Civil Veterinary Dept. Bombay admin report 1893-99 - 1893-1899
Year: 1893
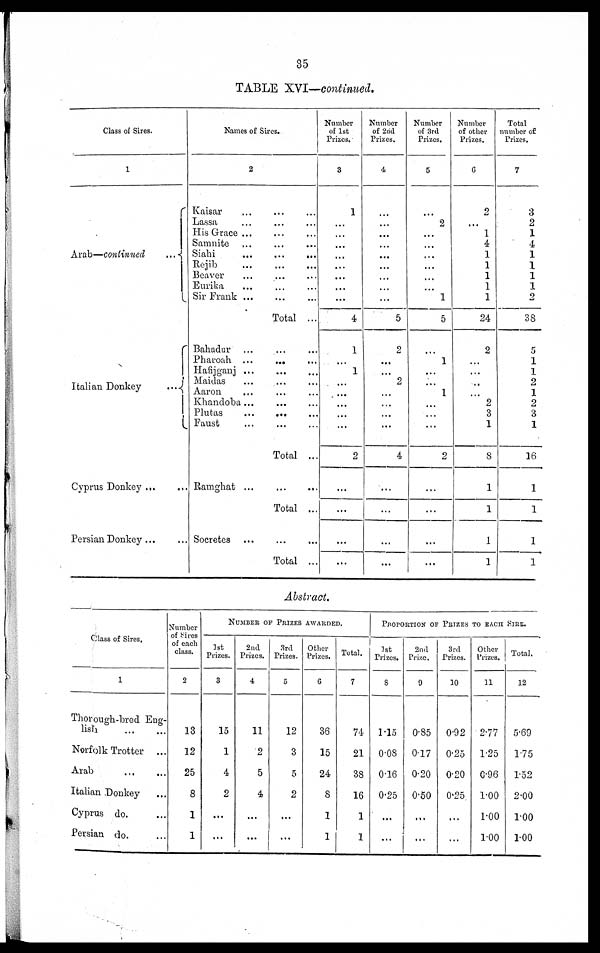
35
TABLE XVI—continued.
Class of Sires.
1
Arab—continued
...
Italian Donkey
...
Cyprus Donkey ... ...
Persian Donkey ... ...
Names of Sires.
2
Kaisar ... ... ...
Lassa ... ... ...
His Grace ...
...
...
Samnite
...
...
...
Siahi
...
...
...
Rejib
...
...
...
Beaver ... ...
Eurika
...
...
...
Sir Frank ...
...
...
Total ...
Bahadur ... ... ...
Pharoah ...
...
...
Hafijganj
...
...
...
Maidas ...
Aaron
......
...
Khandoba
......
...
Plutas
...
...
...
Faust
...
... ...
Total ...
Ramghat ...
...
...
Total ...
Socretes
...
...
Total ...
Number
of 1st
Prizes.
3
1
...
...
...
...
...
...
...
...
4
1
...
1
...
...
...
...
2
...
...
...
...
Number
of 2nd
Prizes.
4
...
...
...
...
...
...
...
...
...
5
2
...
...
2
...
...
...
4
...
...
...
...
Number
of 3rd
Prizes.
5
...
2
...
...
...
...
...
...
1
5
...
1
...
1
...
...
...
2
...
...
...
...
Number
of other
Prizes.
6
2
...
1
4
1
1
1
1
1
24
2
...
...
...
2
3
1
8
1
1
1
1
Total
number of
Prizes.
7
3
2
1
4
1
1
1
1
2
38
5
1
1
2
1
2
3
1
16
1
1
1
1
Abstract.
Class of Sires,
1
Thorough-bred Eng-
lish
...
...
Norfolk Trotter ...
Arab
...
...
Italian Donkey ...
Cyprus do. ...
Persian do. ...
Number
of Sires
of each
class.
2
13
12
25
8
1
1
NUMBER OF PRIZES AWARDED.
1st
Prizes.
3
15
1
4
2
...
...
2nd
Prizes.
4
11
2
5
4
...
...
3rd
Prizes.
5
12
3
5
2
...
...
Other
Prizes.
6
36
15
24
8
1
1
Total.
7
74
21
38
16
1
1
PROPORTION PRIZES TO EACH SIRE.
1st
Prizes.
8
1.15
0.08
0.16
0.25
...
...
2nd
Prize.
9
0.85
0.17
0.20
0.50
...
...
3rd
Prizes.
10
0.92
0.25
0.20
0.25
...
...
Other
Prizes.
11
2.77
1.25
0.96
1.00
1.00
1.00
Total.
12
5.69
175
1.52
2.00
1.00
1.00